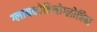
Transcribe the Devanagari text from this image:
ग्लायकोहिमोग्लोबिन